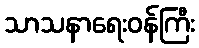
သာသနာရေးဝန်ကြီး